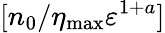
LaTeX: [n_{0}/\eta_{\mathrm{max}}\varepsilon^{1+a}]